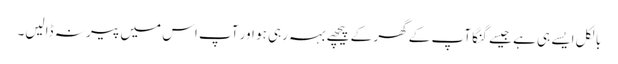
بالکل ایسے ہی ہے جیسے گنگا آپ کے گھر کے پیچھے بہہ رہی ہو اور آپ اس میں پیر نہ ڈالیں۔